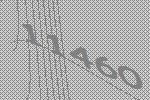
11460